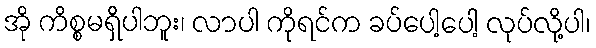
အို ကိစ္စမရှိပါဘူး၊ လာပါ ကိုရင်က ခပ်ပေါ့ပေါ့ လုပ်လို့ပါ၊